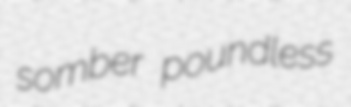
somber poundless